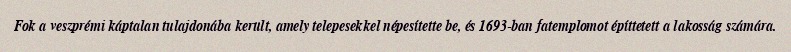
Fok a veszprémi káptalan tulajdonába került, amely telepesekkel népesítette be, és 1693-ban fatemplomot építtetett a lakosság számára.